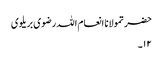
حضرتمولانا انعام اللہ رضوی بریلوی
۱۲۔